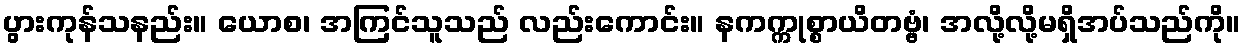
ပွားကုန်သနည်း။ ယောစ၊ အကြင်သူသည် လည်းကောင်း။ နကက္ကုစ္စာယိတဗ္ဗံ၊ အလို့လို့မရှိအပ်သည်ကို။